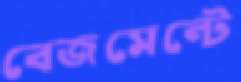
বেজমেন্টে